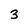
Character: 3